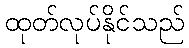
ထုတ်လုပ်နိုင်သည်